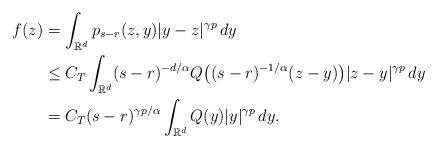
\begin{align*}f(z)&{}=\int_{\mathbb{R}^d}p_{s-r}(z,y)|y-z|^{\gamma p}\,dy\\&{}\leq C_T\int_{\mathbb{R}^d}(s-r)^{-d/\alpha}Q\bigl((s-r)^{-1/\alpha}(z-y) \bigr)|z-y|^{\gamma p}\,dy\\&{} = C_T(s-r)^{\gamma p/\alpha}\int_{\mathbb{R}^d}Q(y)|y|^{\gamma p}\,dy.\end{align*}